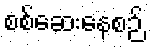
စစ်ဆေးနေစဉ်